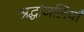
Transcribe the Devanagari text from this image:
श्रद्धांजलियाँ